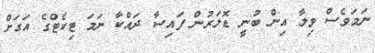
ނަމަވެސް ވިލާ އިން ބުނީ ޑޮލަރުން ފައިސާ ދައްކާ ނަމަ ޓިކެޓްގެ އަގަށް